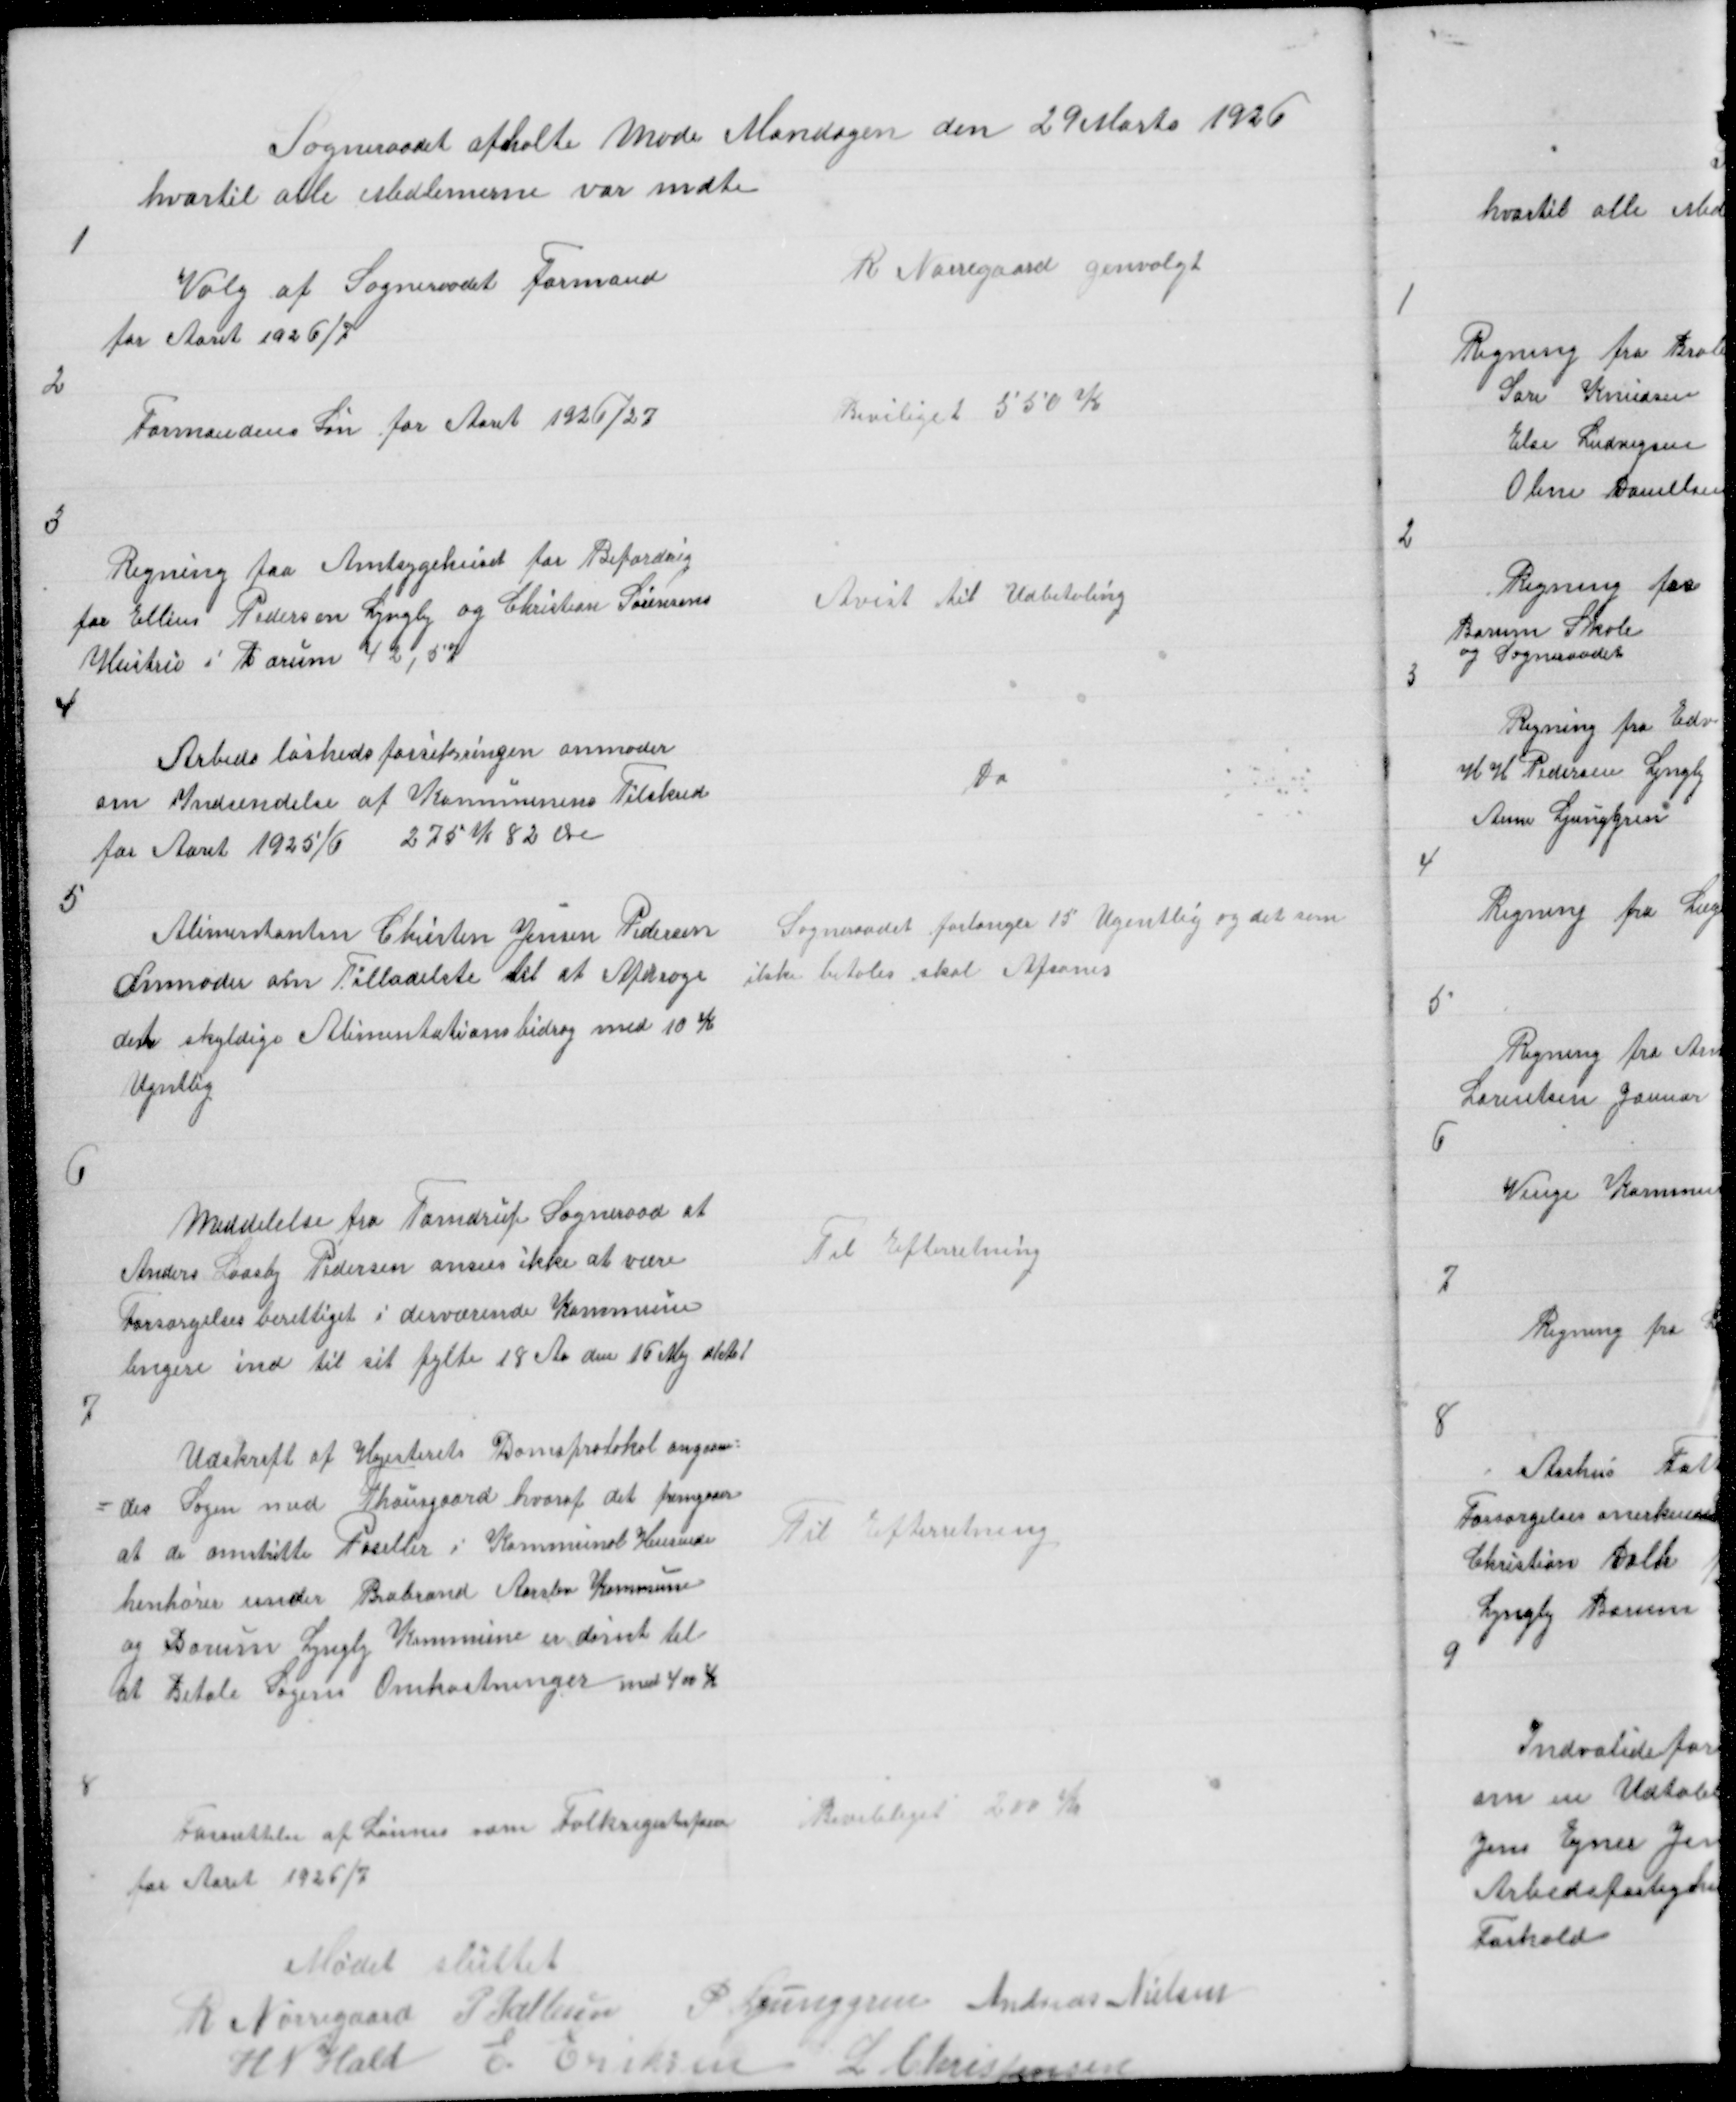
Transskription:
Sogneraadet afholte Møde Mandagen den 29 Marts 1926
hvortil alle Medlemerne var møte

1

Valg af Sogneraadet Formand
for Aaret 1926/7

R Nørregaard genvalgt

2

Formandens Løn for Aaret 1926/7

Beviliget 550 K

3

Regning fra Amtsygehuset for Befordring
for Ellius Pedersen Lyngby og Christian Sørensens
Hustru i Borum 42,57

Anvist til Udbetaling

4

Arbedsløshedsforsikringen anmoder
om Indsendelse af Kommunens Tilskud
for Aaret 1925/6 275 K 82 Øre

Do

5

Alimentanten Christen Jensen Pedersen
anmoder om Tilladelste til at Afdrage
det skyldige Alimentationsbidrag med 10 K
Ugntlig

Sogneraadet forlanger 15 Ugentlig og det som
ikke betales skal Afsones

6

Meddelelse fra Tamdrup Sogneraad at
Anders Laasby Pedersen anses for ikke at være
Forsørgelsesberettiget i derværende Kommune
lengere ind til sit fylte 18 Aa den 16 Maj d! A!

Til Efterretning

7

Udskrift af Højesterets Domsprotokol angaaen =
= des Sagen med Thousgaard hvoraf det fremgaar
at de omstritte Paseller i Kommunal Hensende
henhører under Brabrand Aarslev Kommune
og Borum Lyngby Kommune er dømt til
at Betale Sagens Omkostninger med 400 K

Til Efterretning

8

Fastsættelse af Lønnen som Folkregisterfører
for Aaret 1926/7

Beviliget 200 K

Mødet sluttet
R Nørregaard P Pallesen
P Ljunggren Andreas Nielsen
H N Hald
E Eriksen L Christensen